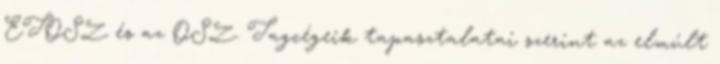
ETOSZ és az OSZ. Tagcégeik tapasztalatai szerint az elmúlt